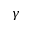
\gamma